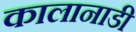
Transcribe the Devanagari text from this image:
कालानाडी